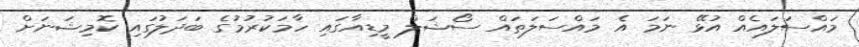
މައްސަލައެއް އުޅޭ ނަމަ އެ މައްސަލަތައް ސޯޝަލް މީޑިއާގައި ހާމަކުރުމުގެ ބަދަލުގައި ކޮމިޝަނަށް